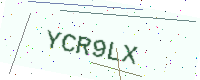
Text: YCR9LX